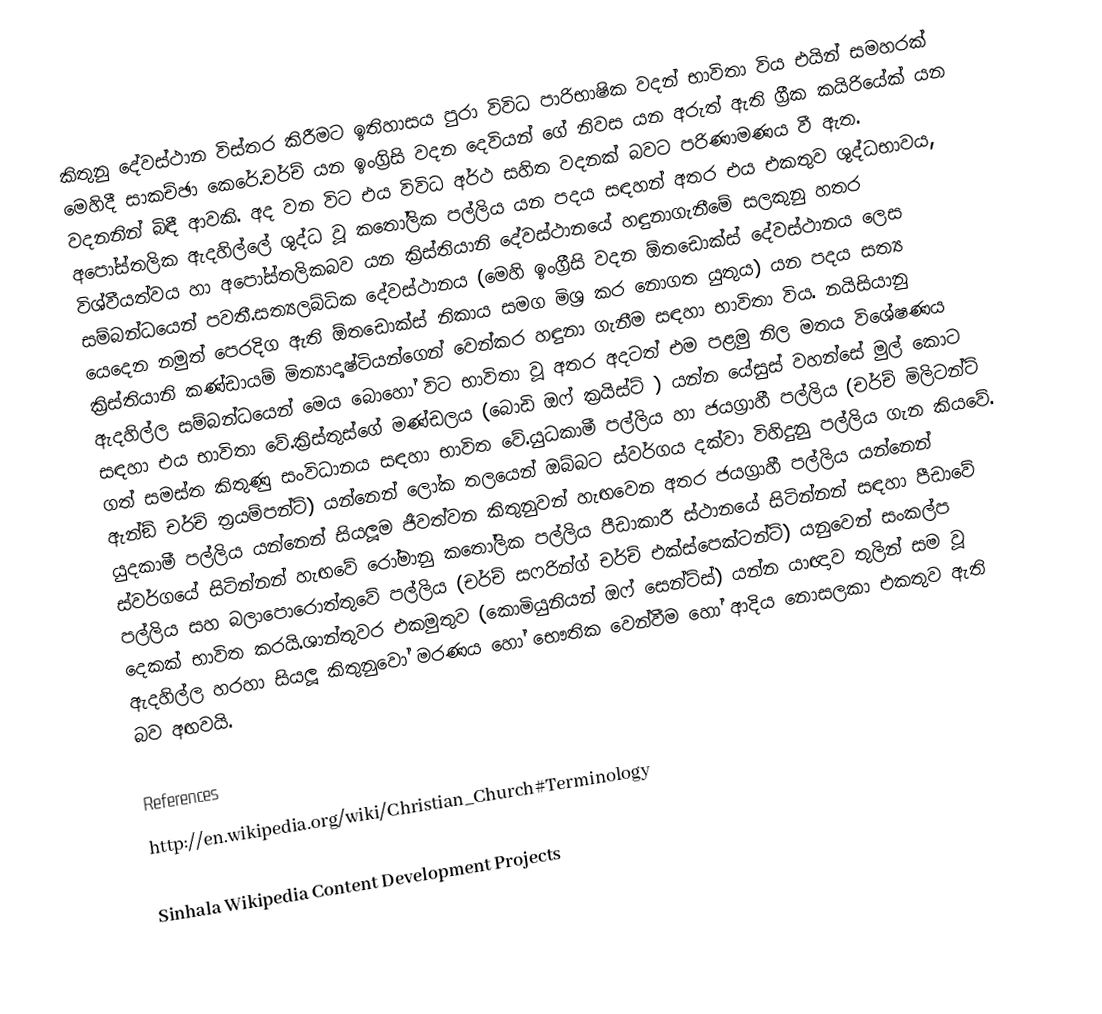
කිතුනු දේවස්ථාන විස්තර කිරීමට ඉතිහාසය පුරා විවිධ පාරිභාෂික වදන් භාවිතා විය එයින් සමහරක් මෙහිදී සාකච්ඡා කෙරේ.චර්ච් යන ඉංග‍්‍රිසි වදන දෙවියන් ගේ නිවස යන අරුත් ඇති ග‍්‍රීක කයිරියේක් යන වදනනින් බිඳී ආවකි. අද වන විට එය විවිධ අර්ථ සහිත වදනක් බවට පරිණාමණය වී ඇත. අපෝස්තලික ඇදහිල්ලේ ශුද්ධ වූ කතෝලික පල්ලිය යන පදය සඳහන් අතර එය එකතුව ශුද්ධභාවය, විශ්වීයත්වය හා අපෝස්තලිකබව යන ක‍්‍රිස්තියානි දේවස්ථානයේ හඳුනාගැනීමේ සලකුනු හතර සම්බන්ධයෙන් පවතී.සත්‍යලබ්ධික දේවස්ථානය (මෙහි ඉංග‍්‍රීසි වදන  ඕතඩොක්ස් දේවස්ථානය ලෙස යෙදෙන නමුත් පෙරදිග ඇති  ඕතඩොක්ස් නිකාය සමග මිශ‍්‍ර කර නොගත යුතුය) යන පදය සත්‍ය ක‍්‍රිස්තියානි කණ්ඩායම් මිත්‍යාදෘෂ්ටියන්ගෙන් වෙන්කර හඳුනා ගැනීම සඳහා භාවිතා විය. නයිසියානු ඇදහිල්ල සම්බන්ධයෙන් මෙය බොහෝ විට භාවිතා වූ අතර අදටත් එම පළමු නිල මතය විශේෂණය සඳහා එය භාවිතා වේ.ක‍්‍රිස්තුස්ගේ මණ්ඩලය (බොඩි ඔෆ් ක‍්‍රයිස්ට් ) යන්න යේසුස් වහන්සේ මුල් කොට ගත් සමස්ත කිතුණු සංවිධානය සඳහා භාවිත වේ.යුධකාමී පල්ලිය හා ජයග‍්‍රාහී පල්ලිය (චර්ච් මිලිටන්ට් ඇන්ඞ් චර්ච් ත‍්‍රයම්පන්ට්) යන්නෙන් ලෝක තලයෙන් ඔබ්බට ස්වර්ගය දක්වා විහිදුනු පල්ලිය ගැන කියවේ. යුදකාමී පල්ලිය යන්නෙන් සියලූම ජීවත්වන කිතුනුවන් හැඟවෙන අතර ජයග‍්‍රාහී පල්ලිය යන්නෙන් ස්වර්ගයේ සිටින්නන් හැඟවේ රෝමානු කතෝලික පල්ලිය පීඩාකාරී ස්ථානයේ සිටින්නන් සඳහා පීඩාවේ පල්ලිය සහ බලාපොරොත්තුවේ පල්ලිය (චර්ච් සෆරින්ග් චර්ච් එක්ස්පෙක්ටන්ට්) යනුවෙන් සංකල්ප දෙකක් භාවිත කරයි.ශාන්තුවර එකමුතුව (කොමියුනියන් ඔෆ් සෙන්ට්ස්) යන්න යාඥාව තුලින් සම වූ ඇදහිල්ල හරහා සියලූ කිතුනුවෝ මරණය හෝ භෞතික වෙන්වීම හෝ ආදිය නොසලකා එකතුව ඇති බව අඟවයි.

References
http://en.wikipedia.org/wiki/Christian_Church#Terminology

Sinhala Wikipedia Content Development Projects